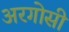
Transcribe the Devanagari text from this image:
अरगोसी